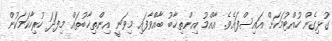
ގުޅިގެން ހުއްޓުމަކަށް އައިސްފައެވެ. އާއްމު އިންތިޚާބު ބާއްވާފައި މިވަނީ އިންތިޚާބުތައް މިފަދަ ހުރިހާކަމަކުން